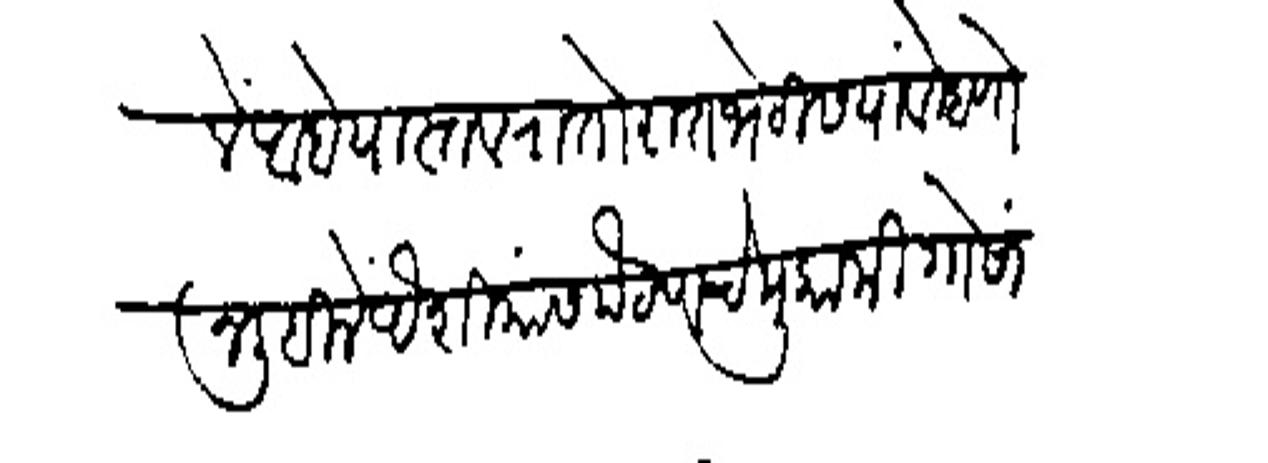
Transliteration (Devanagari): नेमिले आहे यास्तव रातोरात भेटीस यायें म्हणोन लिहिलें ऐशियांस पेठणचे मुकामी गोसावियांचे